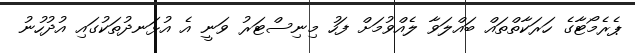
ޕެރެމޯޓާގެ ހަރަކާތްތައް ބައްލަވާ ލެއްވުމަށް ފަހު މިނިސްޓަރު ވަނީ އެ އުޅަނދުތަކުގައި އުދުހުނު